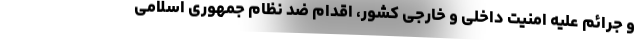
و جرائم علیه امنیت داخلی و خارجی کشور، اقدام ضد نظام جمهوری اسلامی